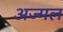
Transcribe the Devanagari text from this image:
अज्मल